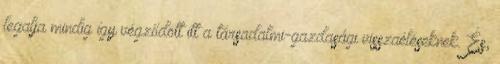
legalja mindig így végződött itt a társadalmi-gazdasági visszaéléseknek. És,